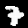
Label: 7